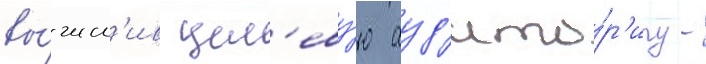
вы́числ'ив цел'еву́ю ауд'ито́р'иу -